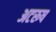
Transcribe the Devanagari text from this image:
अटरूष